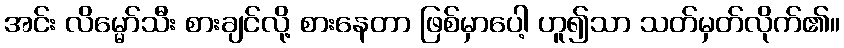
အင်း လိမ္မော်သီး စားချင်လို့ စားနေတာ ဖြစ်မှာပေါ့ ဟူ၍သာ သတ်မှတ်လိုက်၏။